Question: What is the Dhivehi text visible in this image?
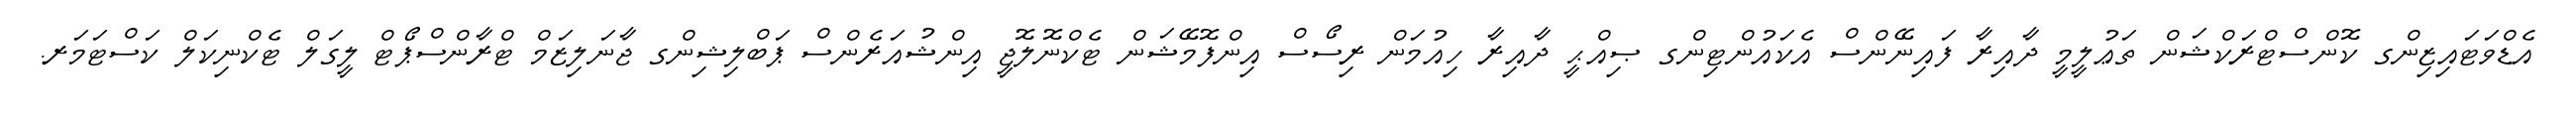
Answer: އެޑްވަޓައިޒިންގ ކޮންސްޓްރަކްޝަން ތަޢުލީމީ ދާއިރާ ފައިނޭންސް އެކައުންޓިންގ ޞިއްޙީ ދާއިރާ ހިއުމަން ރިސޯސް އިންފޮމޭޝަން ޓެކްނޮލޮޖީ އިންޝުއަރެންސް ޕަބްލިޝިންގ ޖާނަލިޒަމް ޓްރާންސްޕޯޓް ލީގަލް ޓެކްނިކަލް ކަސްޓަމަރ.